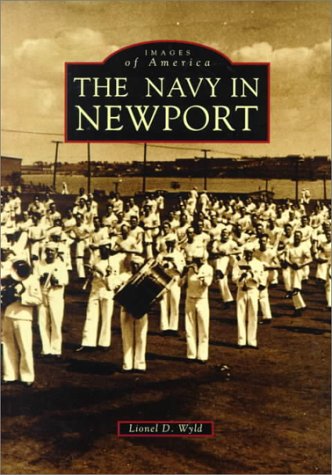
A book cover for Newport, the Navy in (Reissued) (Images of America (Arcadia Publishing)); Lionel D. Wyld; Travel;